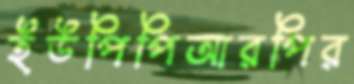
ইউপিপিআরপির